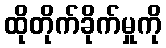
ထိုတိုက်ခိုက်မှုကို